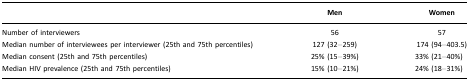
<table><thead><tr><td></td><td><b>Men</b></td><td><b>Women</b></td></tr></thead><tbody><tr><td>Number of interviewers</td><td>56</td><td>57</td></tr><tr><td>Median number of interviewees per interviewer (25th and 75th percentiles)</td><td>127 (32–259)</td><td>174 (94–403.5)</td></tr><tr><td>Median consent (25th and 75th percentiles)</td><td>25% (15–39%)</td><td>33% (21–40%)</td></tr><tr><td>Median HIV prevalence (25th and 75th percentiles)</td><td>15% (10–21%)</td><td>24% (18–31%)</td></tr></tbody></table>